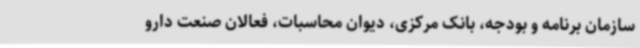
سازمان برنامه و بودجه، بانک مرکزی، دیوان محاسبات، فعالان صنعت دارو